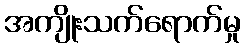
အကျိုးသက်ရောက်မှု